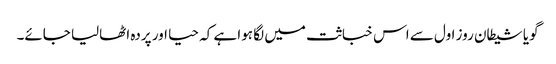
گویا شیطان روز اول سے اس خباثت میں لگا ہوا ہے کہ حیا اور پردہ اٹھالیا جائے۔